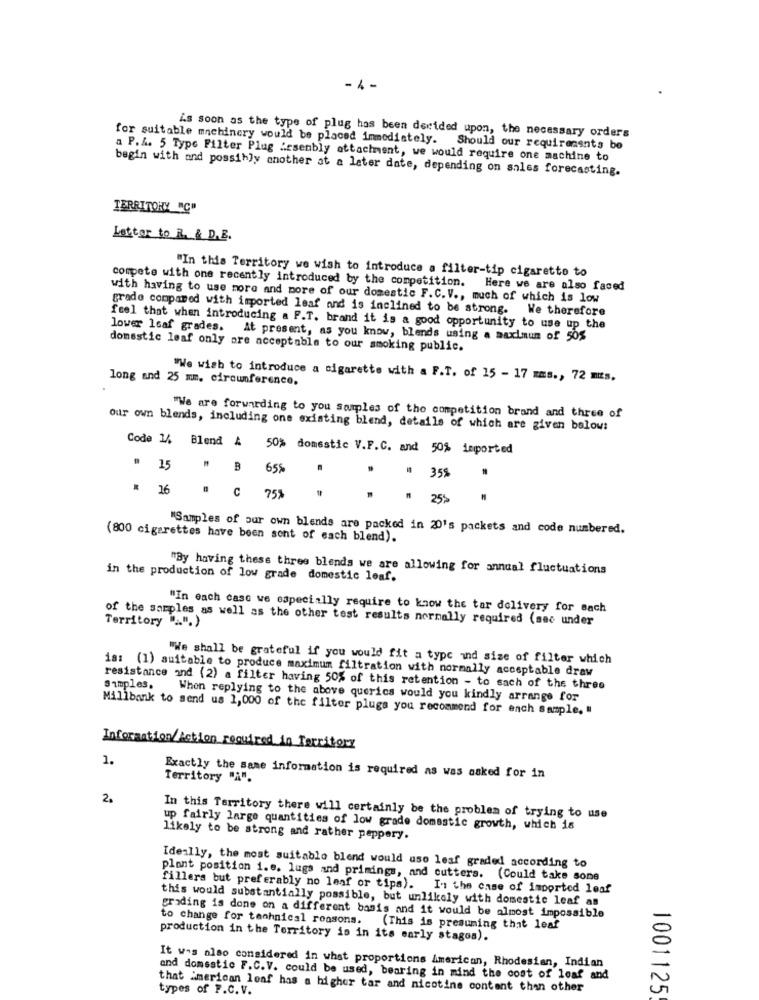
- 4 -
is soon as the type of plug has been derided upon, the necessary orders
for suitable machinery would be placed immediately. Should our requirements be
a P.A. 5 Type Filter Plug Assembly attachment, we would require one machine to
begin with and possibly another at a later date, depending on sales forecasting.
TERRITORY "C"
Lettor to R & D.B.
compete with one recently introduced by the competition.
"In this Territory we wish to introduce a filter-tip cigarette to
Here we are also faced
with having to use more and more of our domestic F. C. V ., much of which is low
grade compared with imported leaf and is inclined to be strong. We therefore
feel that when introducing a F.T. brand it is a good opportunity to use up the
lower 16af grades. At present, as you know, blends using a maximum of 50%
domestic leaf only ore acceptable to our smoking public.
long and 25 mm. circumference.
"We wish to introduce a cigarette with a F.T. of 15 - 17 mms ., 72 mts.
"We are forwarding to you samples of the competition brand and three of
our own blends, including one existing blend, details of which are given below:
Code 1% Blend A 50% domestic V.F.C. and 50% imported
" 15
65%
# 35%
# 16
C
75%
25%
"Samples of our own blends are packed in 20's packets and code numbered.
(800 cigarettes have been sont of each blend).
"By having these three blends we are allowing for annual fluctuations
in the production of low grade domestic leaf.
"In each case we especially require to know the tar delivery for Bach
Territory .".)
of the samples as well as the other test results normally required (sec under
"We shall be grateful if you would fit a type and size of filter which
is: (1) suitable to produce maximum filtration with normally acceptable draw
Simples.
resistance and (2) a filter having 50% of this retention - to sach of the three
When replying to the above querics would you kindly arrange for
Millbank to send us 1,000 of the filter plugs you recommend for ench sample, "
Information/Action required in Territory
1.
Exactly the same information is required as was asked for in
Territory "A".
2.
In this Territory there will certainly be the problem of trying to use
up fairly large quantities of low grade domestic growth, which is
likely to be strong and rather peppery.
Ideally, the most suitable blend would uso leaf graded according to
plant position i.e. lugs and primings, and cutters. (Could take some
fillers but preferably no leaf or tips).
In the case of imported leaf
this would substantially possible, but unlikely with domestic leaf as
grading is done on a different basis and it would be almost impossible
to change for technical reasons. (This is presuming that leaf
production in the Territory is in its early stages).
It was also considered in what proportions American, Rhodesian, Indian
and domestic F. C.V. could be used, bearing in mind the cost of leaf and
that American leaf has a higher tar and nicotine contant than other
types of F.C. V.
1001125